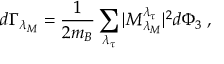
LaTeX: d \Gamma _ { \lambda _ { M } } = \frac { 1 } { 2 m _ { B } } \sum _ { \lambda _ { \tau } } | { \cal M } _ { \lambda _ { M } } ^ { \lambda _ { \tau } } | ^ { 2 } d \Phi _ { 3 } \; ,